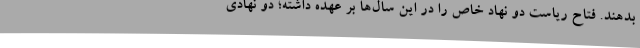
بدهند. فتاح ریاست دو نهاد خاص را در این سال‌ها بر عهده داشته؛ دو نهادی